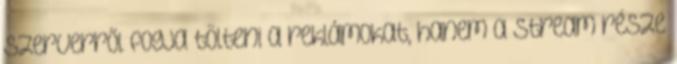
szerverről fogja tölteni a reklámokat, hanem a stream része